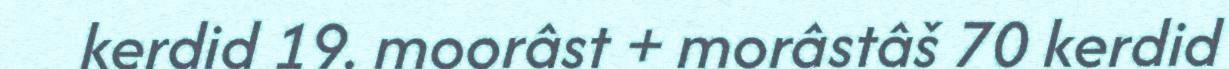
kerdid 19. moorâst + morâstâš 70 kerdid